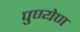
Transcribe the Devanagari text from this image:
पुण्येण